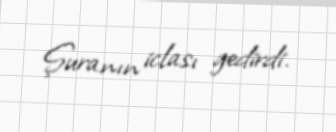
Şuranın iclası gedirdi.